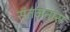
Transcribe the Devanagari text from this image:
संतजनांस